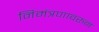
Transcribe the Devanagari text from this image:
निमंत्रणावरुन